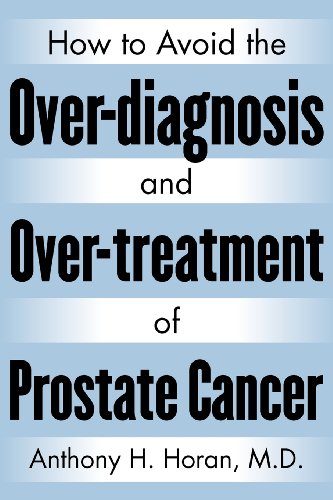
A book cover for How to Avoid the Over-diagnosis and Over-treatment of Prostate Cancer; Anthony H. Horan M.D.; Health, Fitness & Dieting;